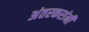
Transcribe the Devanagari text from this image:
अंतरकरांनी